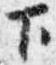
下